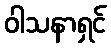
ဝါသနာရှင်